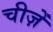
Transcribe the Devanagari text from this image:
चीज़ेँ